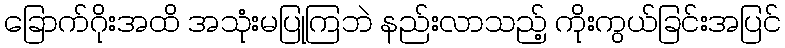
ခြောက်ဂိုးအထိ အသုံးမပြုကြဘဲ နည်းလာသည့် ကိုးကွယ်ခြင်းအပြင်